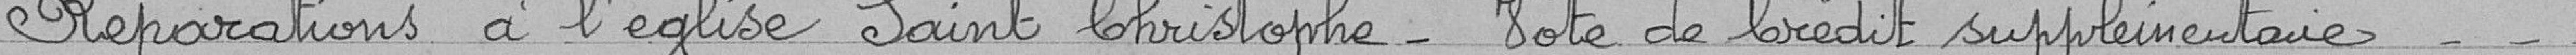
Réparations à l'église Saint Christophe - Note de crédit supplémentaire